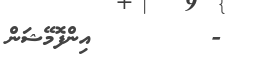
-        އިންފޮމޭޝަން